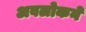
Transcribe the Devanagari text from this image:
अवलोकने